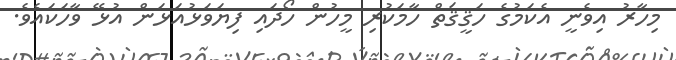
މިހާރު އިވެނީ އެކަމުގެ ހަޤީޤަތް ހާމަކުރި މީހުން ހޯދައި ފިޔަވަޅުއަޅަން އުޅޭ ވާހަކައެވެ.